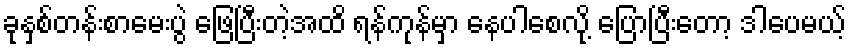
ခုနှစ်တန်းစာမေးပွဲ ဖြေပြီးတဲ့အထိ ရန်ကုန်မှာ နေပါစေလို့ ပြောပြီးတော့ ဒါပေမယ့်